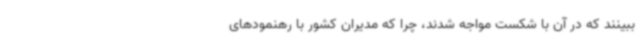
ببینند که در آن با شکست مواجه شدند، چرا که مدیران کشور با رهنمودهای